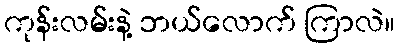
ကုန်းလမ်းနဲ့ ဘယ်လောက် ကြာလဲ။